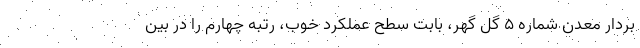
بردار معدن شماره 5 گل گهر، بابت سطح عملکرد خوب، رتبه چهارم را در بین